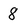
Character: 8